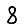
Digit: 8